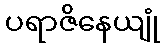
ပရာဇိနေယျုံ